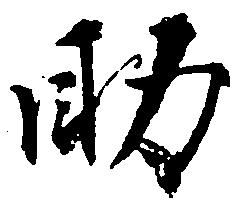
助